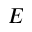
E